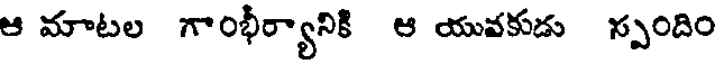
ఆ మాటల గాంభీర్యానికి ఆ యువకుడు స్పందిం